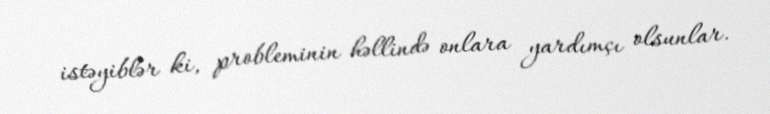
istəyiblər ki, probleminin həllində onlara yardımçı olsunlar.